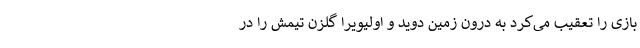
بازی را تعقیب می‌کرد به درون زمین دوید و اولیویرا گلزن تیمش را در